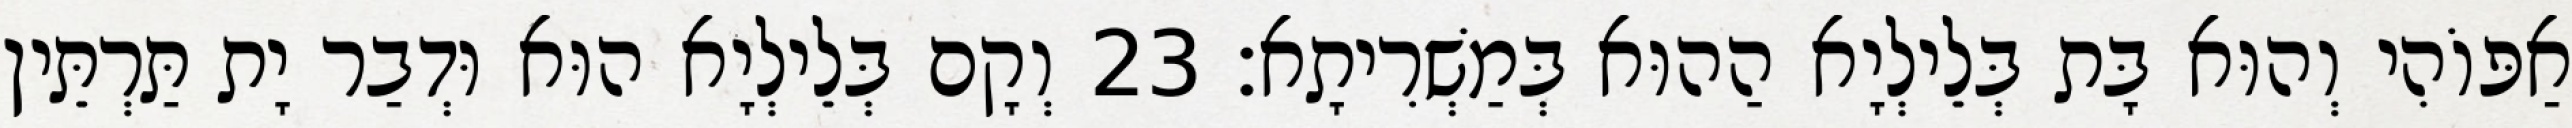
אַפּוֹהִי וְהוּא בָּת בְּלֵילְיָא הַהוּא בְּמַשְׁרִיתָא׃ 23 וְקָם בְּלֵילְיָא הוּא וּדְבַר יָת תַּרְתֵּין